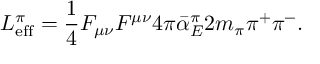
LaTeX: { \cal L } _ { \mathrm { e f f } } ^ { \pi } = { \frac { 1 } { 4 } } F _ { \mu \nu } F ^ { \mu \nu } 4 \pi \bar { \alpha } _ { E } ^ { \pi } 2 m _ { \pi } \pi ^ { + } \pi ^ { - } .